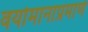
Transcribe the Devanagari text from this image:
वयोमानाप्रमाणे